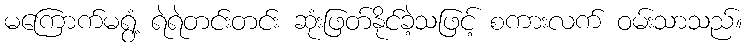
မကြောက်မရွံ့ ရဲရဲတင်းတင်း ဆုံးဖြတ်နိုင်ခဲ့သဖြင့် စကားလက် ဝမ်းသာသည်။